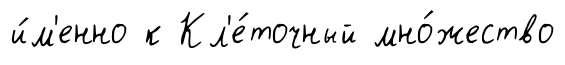
и́м'енно к Кл'е́точный мно́жество